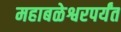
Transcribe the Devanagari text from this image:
महाबळेश्वरपर्यंत